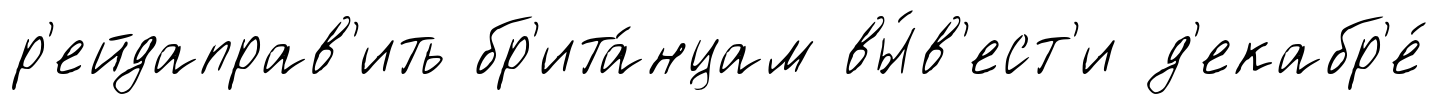
р'ейдаправ'ить бр'ита́нцам вы́в'ест'и д'екабр'е́